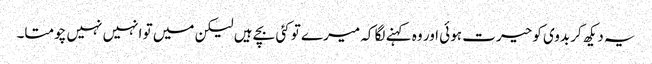
یہ دیکھ کر بدوی کو حیرت ہوئی اور وہ کہنے لگا کہ میرے تو کئی بچے ہیں لیکن میں تو انہیں نہیں چومتا۔